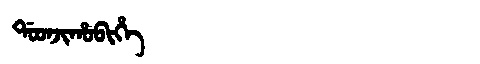
Manchu: ᡩᠣᠣᠨᠵᡳᡥᠣᠪᡳᡥᡝ
Romanization: DOONJIHOBIHE